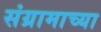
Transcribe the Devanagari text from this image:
संग्रामाच्या